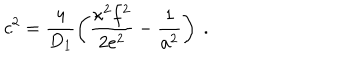
c ^ { 2 } = \frac { 4 } { D _ { 1 } } \left( \frac { \kappa ^ { 2 } f ^ { 2 } } { 2 e ^ { 2 } } - \frac { 1 } { a ^ { 2 } } \right) ~ .